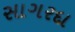
સાગરદા